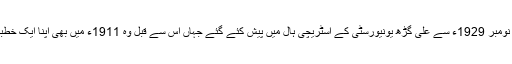
بعد ازاں اقبال نے مزید علمی خطبات تیار کئے اور یوں یہ چھ خطبات 19 نومبر 1929ء سے علی گڑھ یونیورسٹی کے اسٹریچی ہال میں پیش کئے گئے جہاں اس سے قبل وہ 1911ء میں بھی اپنا ایک خطبہ ’’ ملت بیضا پر ایک عمرانی نظر ‘‘ کے عنوان سے پیش کر چکے تھے۔